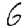
Digit: 6